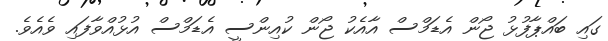
ގައި ބައްޕާފުޅު ޖޯން އެޑަމްސް އާއެކު ޖޯން ކުއިންސީ އެޑަމްސް އުޅުއްވާފައި ވެއެވެ.